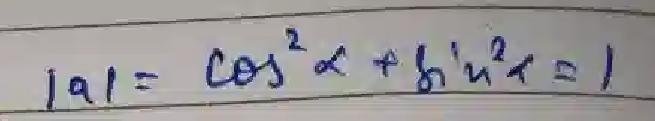
\(\vert a\vert = \cos^{2}\alpha + \sin^{2}\alpha = 1\)